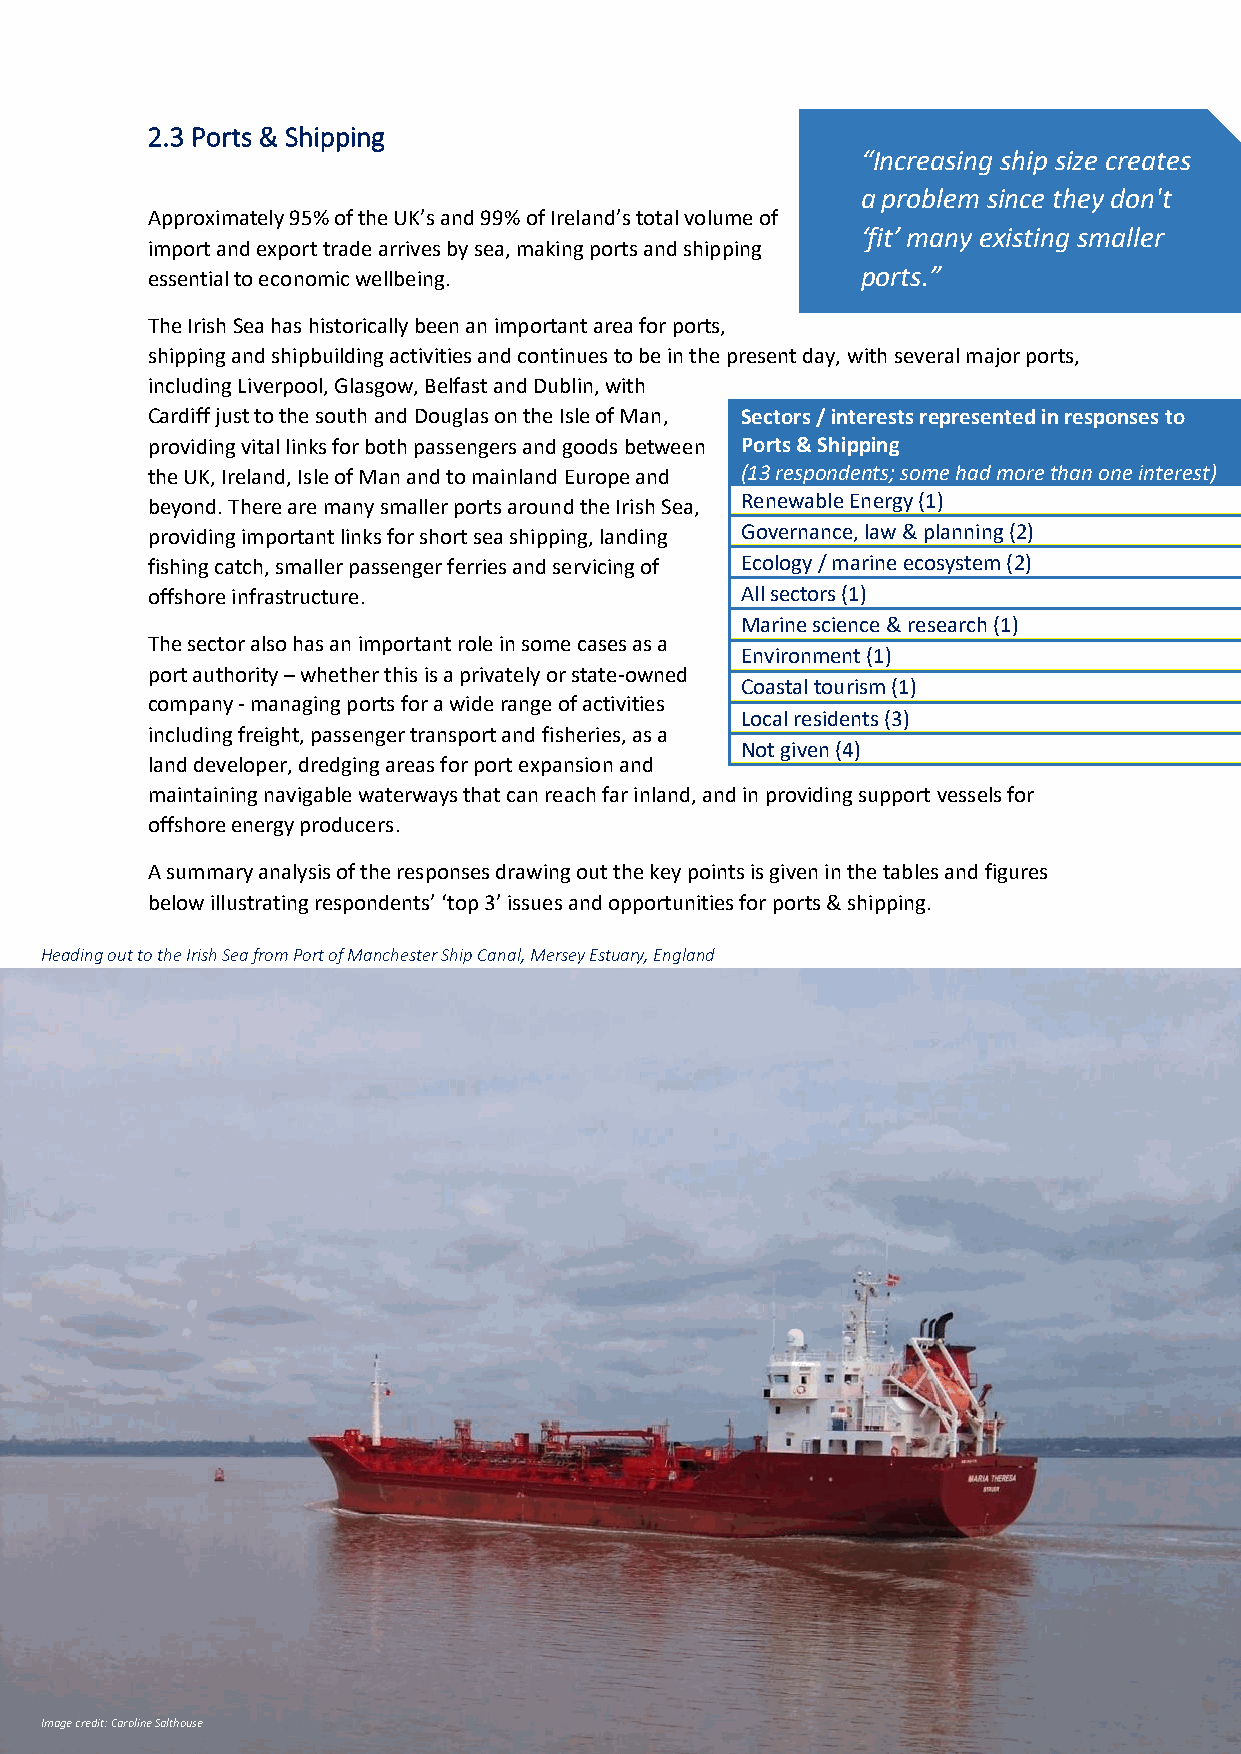
2.3 Ports & Shipping
 “Increasing ship size creates
 a problem since they don't
 Approximately 95% of the UK’s and 99% of Ireland’s total volume of
 ‘fit’ many existing smaller
 import and export trade arrives by sea, making ports and shipping
 essential to economic wellbeing.               ports.”
 “
 The Irish Sea has historically been an important area for ports,
 shipping and shipbuilding activities and continues to be in the present day, with several major ports,
 including Liverpool, Glasgow, Belfast and Dublin, with
 Cardiff just to the south and Douglas on the Isle of Man, Sectors / interests represented in responses to
 providing vital links for both passengers and goods between Ports & Shipping
 the UK, Ireland, Isle of Man and to mainland Europe and (13 respondents; some had more than one interest)
 beyond. There are many smaller ports around the Irish Sea, Renewable Energy (1)
 providing important links for short sea shipping, landing Governance, law & planning (2)
 fishing catch, smaller passenger ferries and servicing of Ecology / marine ecosystem (2)
 offshore infrastructure.               All sectors (1)
 Marine science & research (1)
 The sector also has an important role in some cases as a
 Environment (1)
 port authority – whether this is a privately or state-owned
 Coastal tourism (1)
 company - managing ports for a wide range of activities
 Local residents (3)
 including freight, passenger transport and fisheries, as a
 Not given (4)
 land developer, dredging areas for port expansion and
 maintaining navigable waterways that can reach far inland, and in providing support vessels for
 offshore energy producers.
 A summary analysis of the responses drawing out the key points is given in the tables and figures
 below illustrating respondents’ ‘top 3’ issues and opportunities for ports & shipping.
 Heading out to the Irish Sea from Port of Manchester Ship Canal, Mersey Estuary, England
 Image credit: Caroline Salthouse